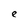
Character: e